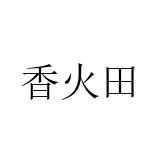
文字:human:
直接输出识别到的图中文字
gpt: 香火田